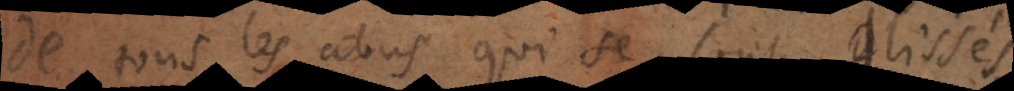
de tous les abus qui se sont glissés